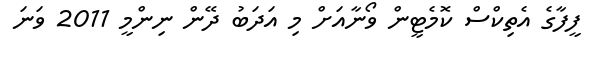
ފީފާގެ އެތިކްސް ކޮމެޓީން ވޯނާއަށް މި އަދަބު ދޭން ނިންމީ 2011 ވަނަ